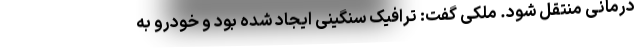
درمانی منتقل شود. ملکی گفت: ترافیک سنگینی ایجاد شده بود و خودرو به